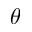
\boldsymbol { \theta }